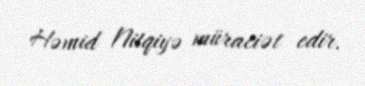
Həmid Nitqiyə müraciət edir.